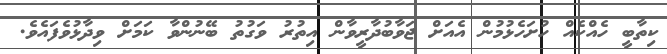
ކިތާބީ ހެއްކެއް ހުށަހެޅުމުން އެއަށް ޖަވާބުދާރީވާން އިތުރު ވަގުތު ބޭނުންވާ ކަމަށް ވިދާޅުވެފައެވެ.